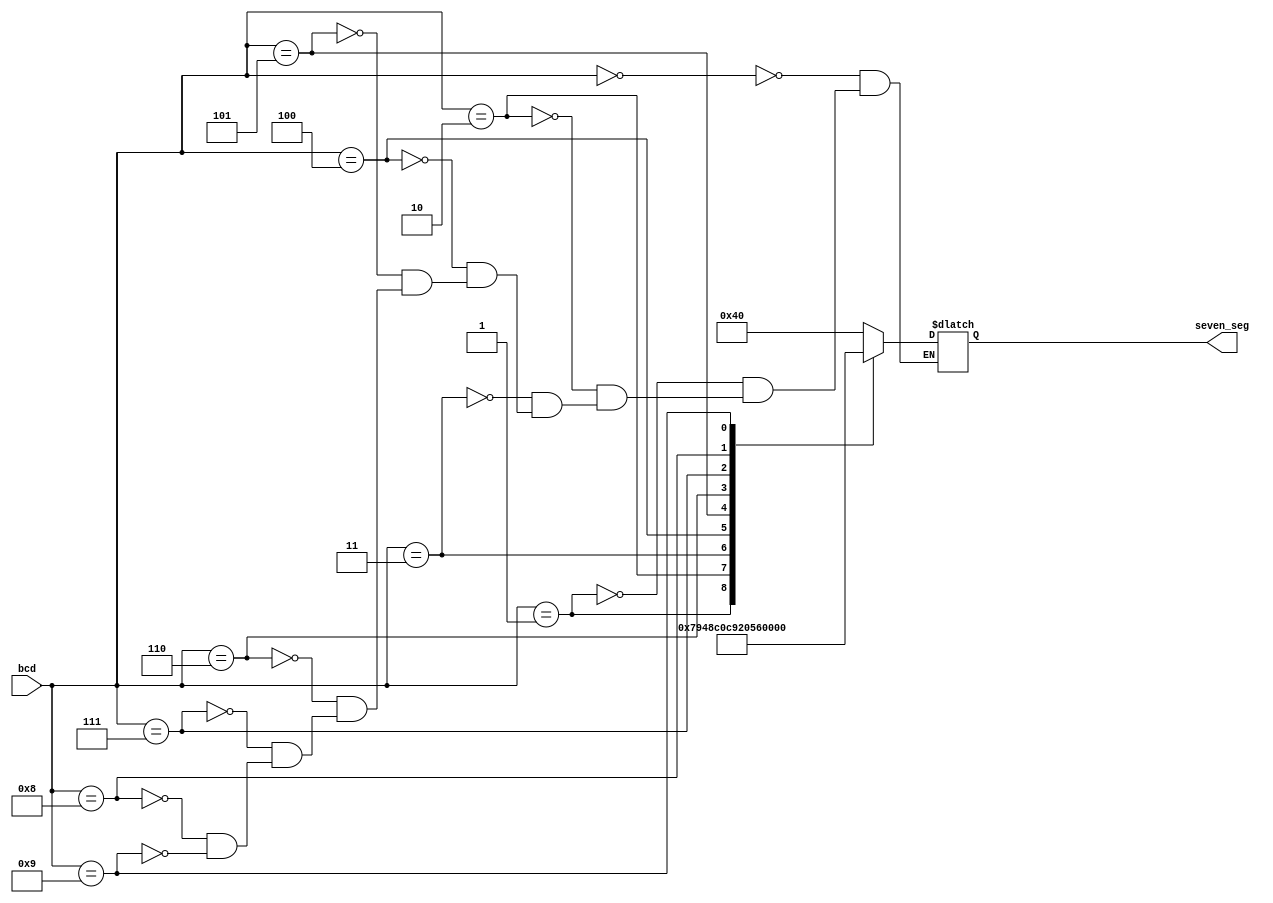
module led_7seg_decoder_1(input [3:0] bcd, output reg [6:0] seven_seg);

always @(*)
case(bcd)
	4'b0000:seven_seg = 7'b1000000;
	4'b0001:seven_seg = 7'b1111001;
	4'b0010:seven_seg = 7'b0100100;
	4'b0011:seven_seg = 7'b0110000;
	4'b0100:seven_seg = 7'b0011001;
	4'b0101:seven_seg = 7'b0010010;
	4'b0110:seven_seg = 7'b0000010;
	4'b0111:seven_seg = 7'b1011000;
	4'b1000:seven_seg = 7'b0000000;
	4'b1001:seven_seg = 7'b0010000;
endcase
endmodule